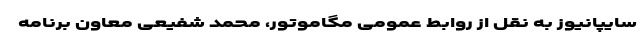
سایپانیوز به نقل از روابط عمومی مگاموتور، محمد شفیعی معاون برنامه